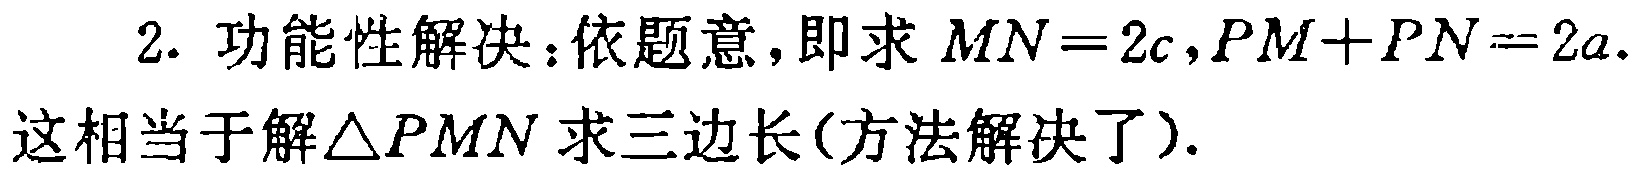
2. 功能性解决：依题意，即求 \(MN = 2c,PM + PN = 2a.\)
这相当于解\(\triangle PMN\)求三边长(方法解决了).